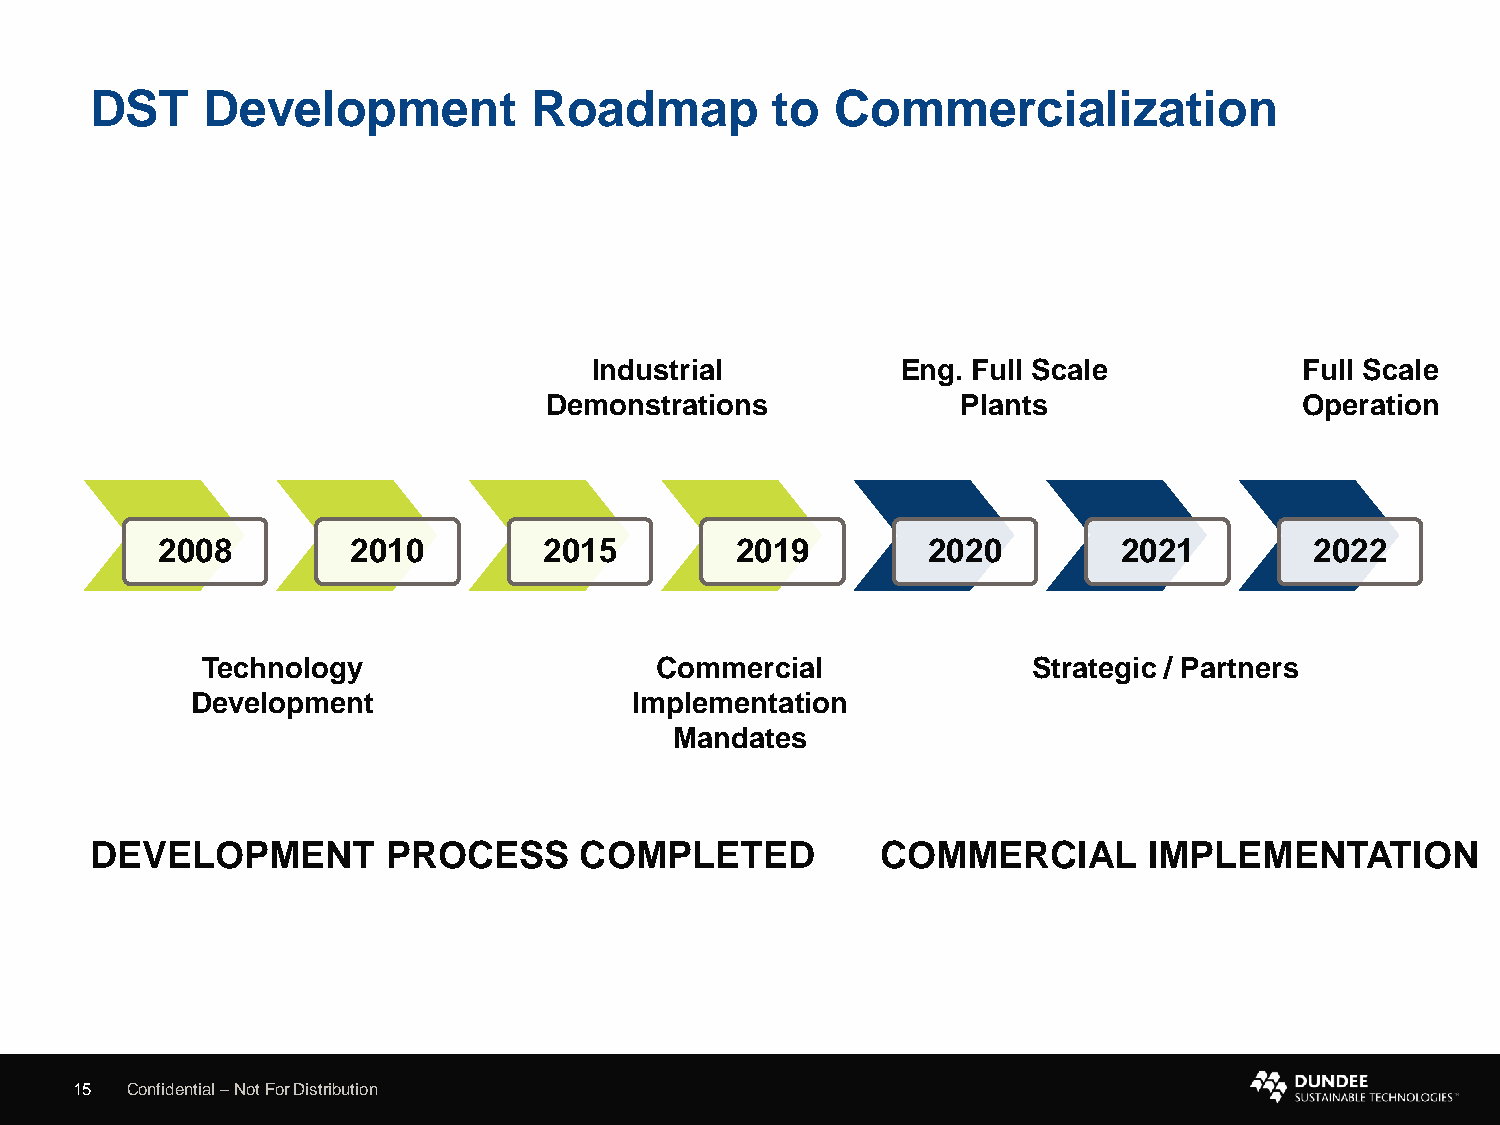
DST    Development           Roadmap         to  Commercialization
 Industrial           Eng. Full Scale           Full Scale
 Demonstrations              Plants                Operation
 2008         2010         2015         2019        2020         2021         2022
 Technology                    Commercial               Strategic / Partners
 Development                  Implementation
 Mandates
 DEVELOPMENT         PROCESS     COMPLETED           COMMERCIAL        IMPLEMENTATION
 15 Confidential –Not For Distribution